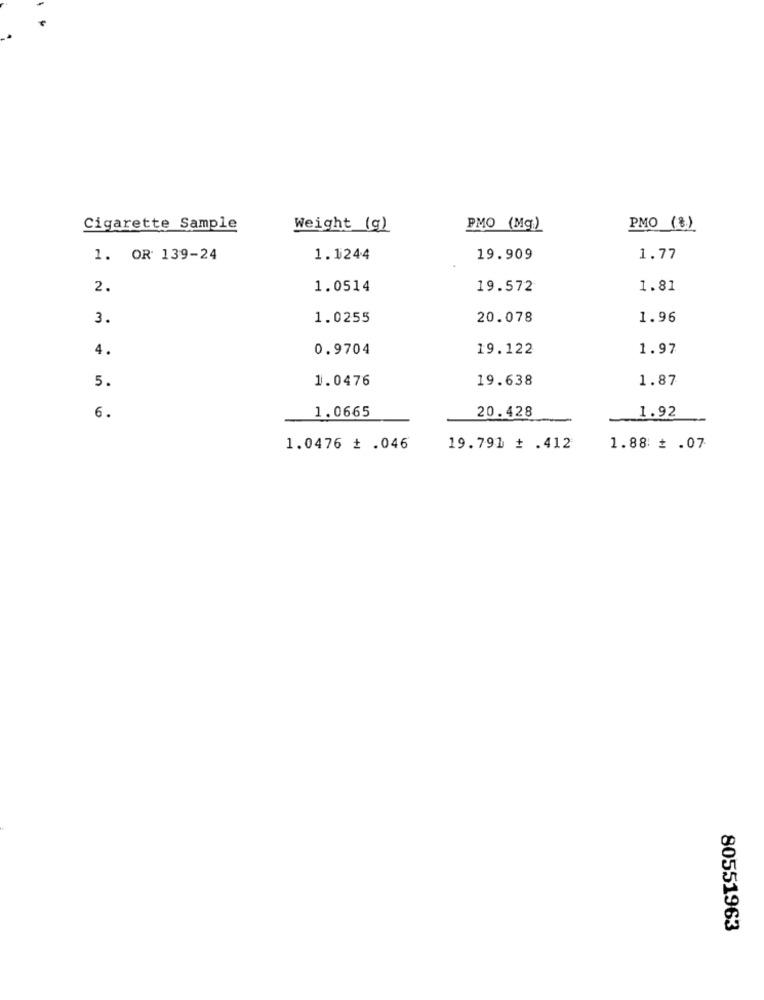
Cigarette Sample
Weight_(g)
PMO (Mg)
PMO (8)
1. OR 139-24
1.1244
19.909
1.77
2.
1.0514
19.572
1.81
3.
1.0255
20.078
1.96
4.
0.9704
19.122
1.97
1.0476
19.638
1.87
5.
1.0665
20.428
6.
1.92
1.0476 # .046
19.791 + .412
1.88 ₺ .07
80551963